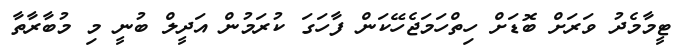
ޓީމާމެދު ވަރަށް ބޮޑަށް ހިތްހަމަޖެހޭކަން ފާހަގަ ކުރަމުން އަދީލް ބުނީ މި މުބާރާތާ